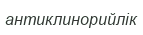
антиклинорийлік